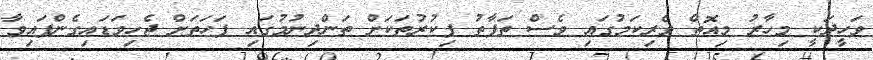
ވަހީދަކީ މިހާރު މިއޮތް ވެރިކަމުގައި ވެސް ތަފާތު ފިކުރުތަކަށް ތަންދިނުމުގައި ފަހަތަށް ޖެހިވަޑައިގެންފައިވާ